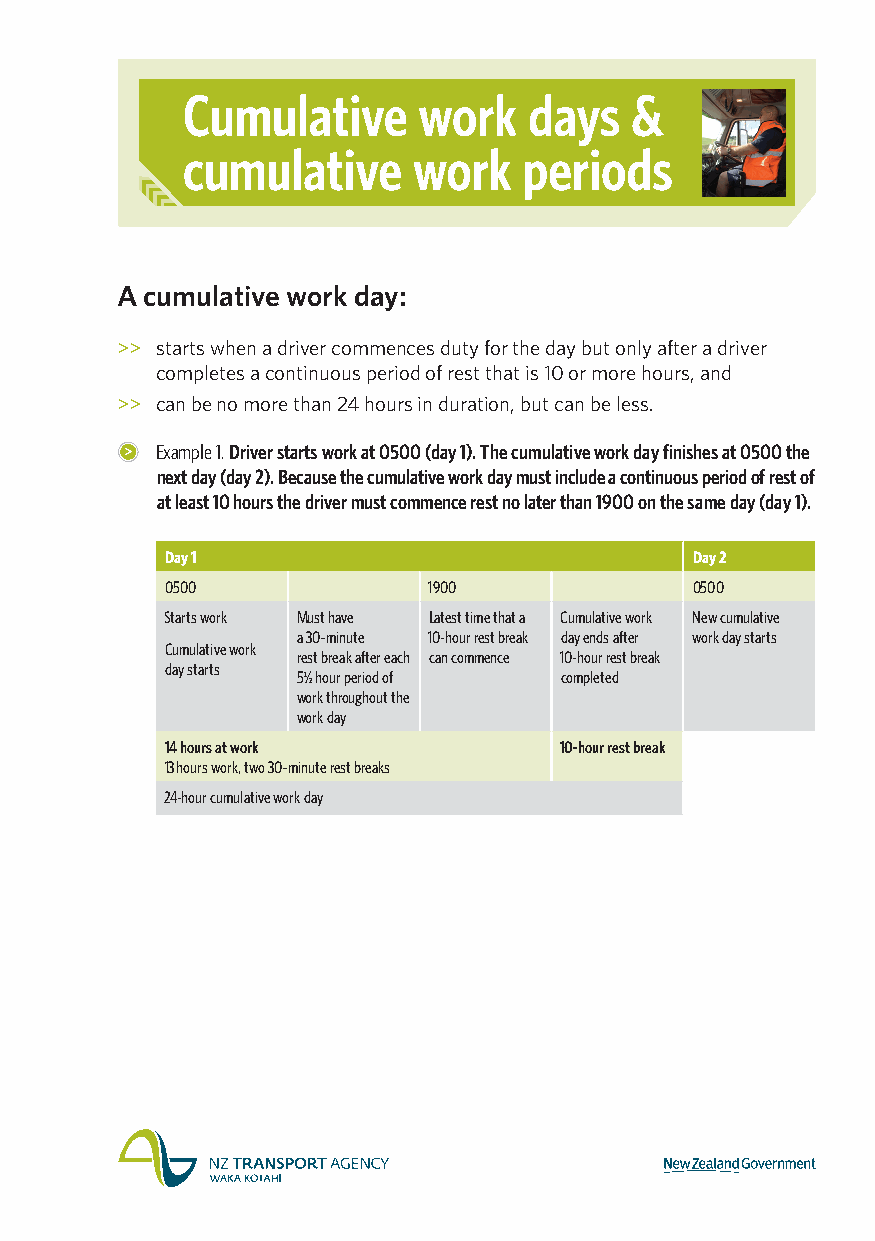
Cumulative      work   days   &
 cumulative     work    periods
 A cumulative work day:
 >> starts when a driver commences duty for the day but only after a driver
 completes a continuous period of rest that is 10 or more hours, and
 >> can be no more than 24 hours in duration, but can be less.
 Example 1. Driver starts work at 0500 (day 1). The cumulative work day finishes at 0500 the
 next day (day 2). Because the cumulative work day must include a continuous period of rest of
 at least 10 hours the driver must commence rest no later than 1900 on the same day (day 1).
 Day 1                              Day 2
 0500             1900              0500
 Starts work Must have Latest time that a Cumulative work New cumulative
 a 30–minute 10-hour rest break day ends after work day starts
 Cumulative work
 rest break after each can commence 10-hour rest break
 day starts
 5½ hour period of completed
 work throughout the
 work day
 14 hours at work          10-hour rest break
 13 hours work, two 30–minute rest breaks
 24-hour cumulative work day